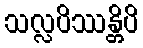
သလ္လပိဿန္တိပိ